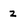
Character: z